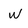
Character: w